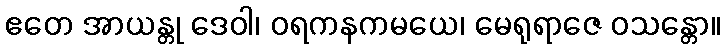
ဧတေ အာယန္တု ဒေဝါ၊ ဝရကနကမယေ၊ မေရုရာဇေ ဝသန္တော။